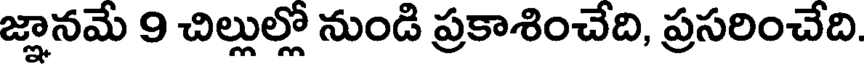
జ్ఞానమే 9 చిల్లుల్లో నుండి ప్రకాశించేది, ప్రసరించేది.